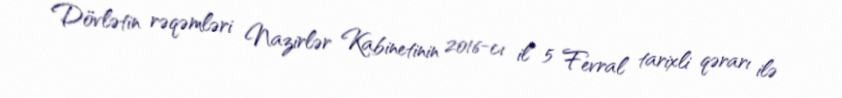
Dövlətin rəqəmləri Nazirlər Kabinetinin 2016-cı il 5 Fevral tarixli qərarı ilə